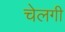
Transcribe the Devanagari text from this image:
चेलगी